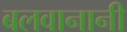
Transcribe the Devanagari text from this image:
बलवानानी